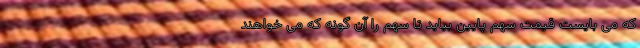
که می‌ بایست قیمت سهم پایین بیاید تا سهم را آن گونه که می‌ خواهند